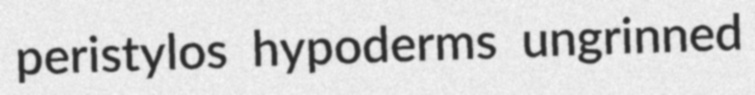
peristylos hypoderms ungrinned